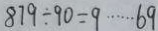
8 7 9 \div 9 0 = 9 \cdots 6 9